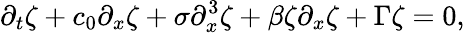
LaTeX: \partial_{t}\zeta+c_{0}\partial_{x}\zeta+\sigma\partial_{x}^{3}\zeta+\beta\zeta\partial_{x}\zeta+\Gamma\zeta=0,